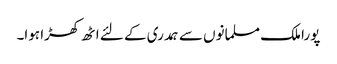
پورا ملک مسلمانوں سے ہمدری کے لئے اٹھ کھڑا ہوا۔